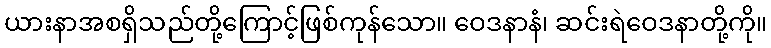
ယားနာအစရှိသည်တို့ကြောင့်ဖြစ်ကုန်သော။ ဝေဒနာနံ၊ ဆင်းရဲဝေဒနာတို့ကို။